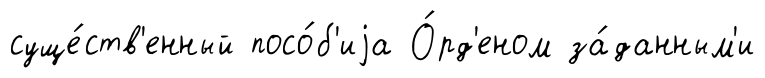
суще́ств'енный посо́б'иjа О́рд'еном за́данным'и